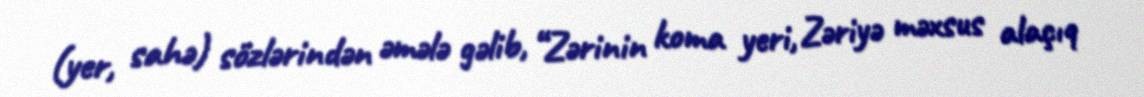
(yer, sahə) sözlərindən əmələ gəlib, “Zərinin koma yeri, Zəriyə məxsus alaçıq